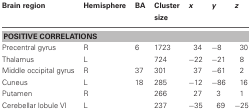
<table><thead><tr><td><b>Brain region</b></td><td><b>Hemisphere</b></td><td><b>BA</b></td><td><b>Cluster size</b></td><td><b><i>x</i></b></td><td><b><i>y</i></b></td><td><b><i>z</i></b></td></tr></thead><tbody><tr><td colspan="7"><b>POSITIVE CORRELATIONS</b></td></tr><tr><td>Precentral gyrus</td><td>R</td><td>6</td><td>1723</td><td>34</td><td>−8</td><td>30</td></tr><tr><td>Thalamus</td><td>L</td><td></td><td>724</td><td>−22</td><td>−21</td><td>8</td></tr><tr><td>Middle occipital gyrus</td><td>R</td><td>37</td><td>301</td><td>37</td><td>−61</td><td>2</td></tr><tr><td>Cuneus</td><td>L</td><td>18</td><td>285</td><td>−12</td><td>−86</td><td>16</td></tr><tr><td>Putamen</td><td>R</td><td></td><td>266</td><td>27</td><td>3</td><td>1</td></tr><tr><td>Cerebellar lobule VI</td><td>L</td><td></td><td>237</td><td>−35</td><td>69</td><td>−25</td></tr></tbody></table>